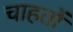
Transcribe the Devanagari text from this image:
चाहतों